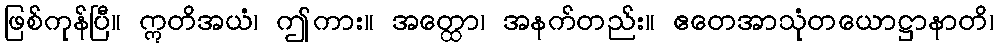
ဖြစ်ကုန်ပြီ။ ဣတိအယံ၊ ဤကား။ အတ္ထော၊ အနက်တည်း။ ဧတေအာသုံတယောဋ္ဌာနာတိ၊